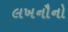
લખનૌનો